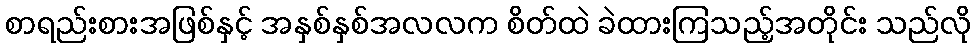
စာရည်းစားအဖြစ်နှင့် အနှစ်နှစ်အလလက စိတ်ထဲ ခဲထားကြသည့်အတိုင်း သည်လို